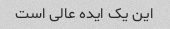
این یک ایده عالی است